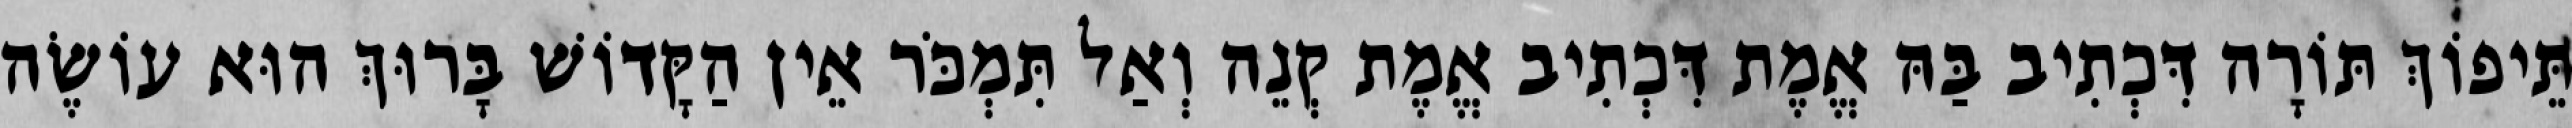
תֵּיפוֹךְ תּוֹרָה דִּכְתִיב בַּהּ אֱמֶת דִּכְתִיב אֱמֶת קְנֵה וְאַל תִּמְכֹּר אֵין הַקָּדוֹשׁ בָּרוּךְ הוּא עוֹשֶׂה